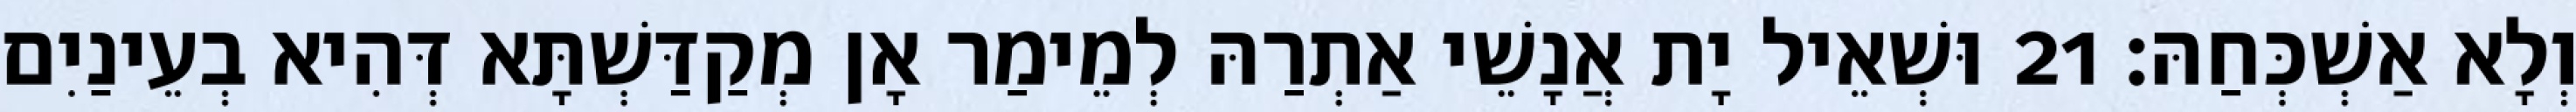
וְלָא אַשְׁכְּחַהּ׃ 21 וּשְׁאֵיל יָת אֲנָשֵׁי אַתְרַהּ לְמֵימַר אָן מְקַדַּשְׁתָּא דְּהִיא בְעֵינַיִם